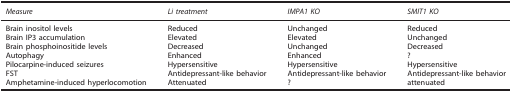
<table><thead><tr><td><b><i>Measure</i></b></td><td><b><i>Li treatment</i></b></td><td><b><i>IMPA1 KO</i></b></td><td><b><i>SMIT1 KO</i></b></td></tr></thead><tbody><tr><td>Brain inositol levels</td><td>Reduced</td><td>Unchanged</td><td>Reduced</td></tr><tr><td>Brain IP3 accumulation</td><td>Elevated</td><td>Elevated</td><td>Unchanged</td></tr><tr><td>Brain phosphoinositide levels</td><td>Decreased</td><td>Unchanged</td><td>Decreased</td></tr><tr><td>Autophagy</td><td>Enhanced</td><td>Enhanced</td><td>?</td></tr><tr><td>Pilocarpine-induced seizures</td><td>Hypersensitive</td><td>Hypersensitive</td><td>Hypersensitive</td></tr><tr><td>FST</td><td>Antidepressant-like behavior</td><td>Antidepressant-like behavior</td><td>Antidepressant-like behavior</td></tr><tr><td>Amphetamine-induced hyperlocomotion</td><td>Attenuated</td><td>?</td><td>attenuated</td></tr></tbody></table>